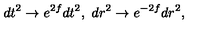
d t ^ { 2 } \to e ^ { 2 f } d t ^ { 2 } , \ d r ^ { 2 } \to e ^ { - 2 f } d r ^ { 2 } ,